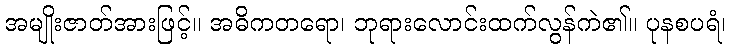
အမျိုးဇာတ်အားဖြင့်။ အဓိကတရော၊ ဘုရားလောင်းထက်လွန်ကဲ၏။ ပုနစပရံ၊